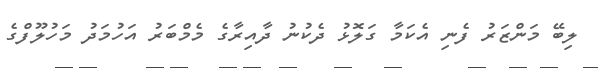
ލިބޭ މަންޒަރު ފެނި އެކަމާ ގަލޮޅު ދެކުނު ދާއިރާގެ މެމްބަރު އަހުމަދު މަހުލޫފްގެ